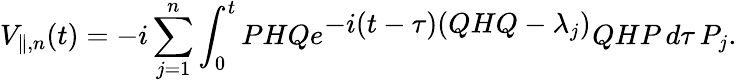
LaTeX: V_{\parallel,n}(t)=-i\sum_{j=1}^{n}\int_{0}^{t}PHQe^{\textstyle-i(t-\tau)(QHQ-{\lambda}_{j})}QHP\, d\tau\, P_{j}.